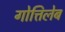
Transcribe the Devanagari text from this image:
गोत्तिलेब